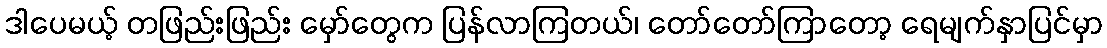
ဒါပေမယ့် တဖြည်းဖြည်း မှော်တွေက ပြန်လာကြတယ်၊ တော်တော်ကြာတော့ ရေမျက်နှာပြင်မှာ